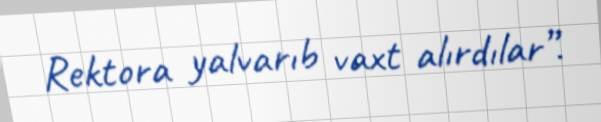
Rektora yalvarıb vaxt alırdılar”.